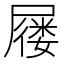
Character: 屦